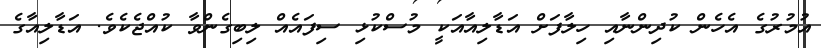
އުމުރުގެ އެހެން ކުދިންނާއި ހިލާފަށް އަޑާލިއާއަކީ މުސްކުޅި ސިފައެއް ލިބިގެންވާ ކުއްޖެކެވެ. އަޑާލިއާގެ